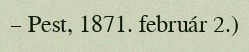
– Pest, 1871. február 2.)